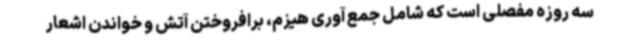
سه روزه مفصلی است که شامل جمع آوری هیزم، برافروختن آتش و خواندن اشعار